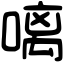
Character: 𠻗